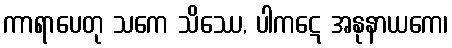
ကာရာပေတု သကေ သိဿေ, ပါကဋေ အနုနာယကေ၊